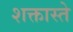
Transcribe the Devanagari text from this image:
शक्तास्ते